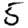
Digit: 5